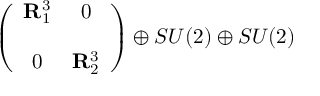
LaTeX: \left( \begin{array} { c c } { { { \bf R } _ { 1 } ^ { 3 } } } & { { 0 } } \\ { { } } & { { } } \\ { { 0 } } & { { { \bf R } _ { 2 } ^ { 3 } } } \end{array} \right) \oplus S U ( 2 ) \oplus S U ( 2 )